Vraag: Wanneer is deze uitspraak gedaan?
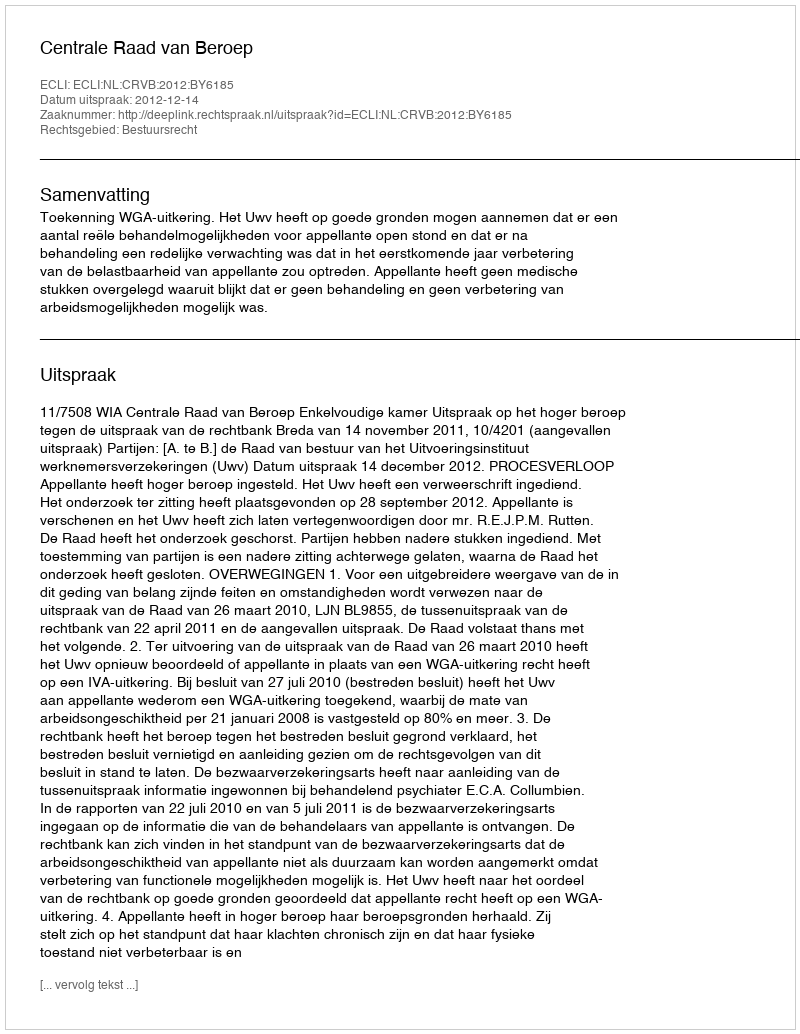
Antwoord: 2012-12-14